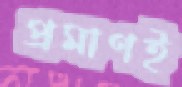
প্রমাণই